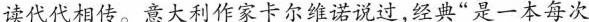
读代代相传。意大利作家卡尔维诺说过,经典“是一本每次